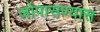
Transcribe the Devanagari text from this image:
जोपासण्यास